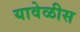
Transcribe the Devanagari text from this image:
यावेळीस